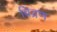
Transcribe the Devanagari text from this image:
विव्रण